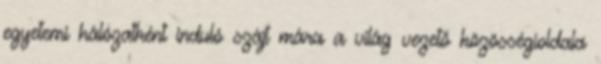
egyetemi hálózatként induló szájt mára a világ vezető közösségioldala